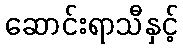
ဆောင်းရာသီနှင့်